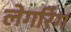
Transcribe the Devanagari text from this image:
लेगरिंग